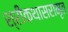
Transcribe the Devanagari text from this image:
श्रीकथासरामृत